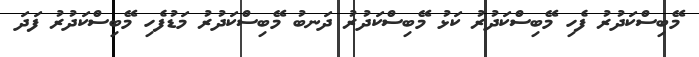
މޭބިސްކަދުރު ފެހި މޭބިސްކަދުރު ކަޅު މޭބިސްކަދުރު ދަނބު މޭބިސްކަދުރު މަޑުފެހި މޭބިސްކަދުރު ފަދަ